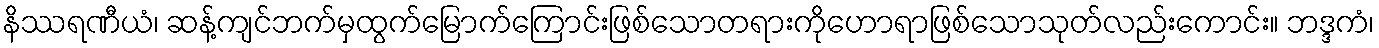
နိဿရဏီယံ၊ ဆန့်ကျင်ဘက်မှထွက်မြောက်ကြောင်းဖြစ်သောတရားကိုဟောရာဖြစ်သောသုတ်လည်းကောင်း။ ဘဒ္ဒကံ၊